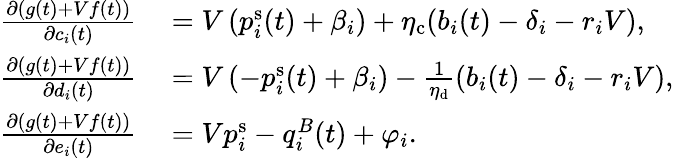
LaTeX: \begin{array}{rl}{\frac{\partial(g(t)+Vf(t))}{\partial c_{i}(t)}~}&{=V\left(p_{i}^{\mathrm{s}}(t)+\beta_{i}\right)+\eta_{\mathrm{c}}(b_{i}(t)-\delta_{i}-r_{i}V),}\\ {\frac{\partial(g(t)+Vf(t))}{\partial d_{i}(t)}~}&{=V\left(-p_{i}^{\mathrm{s}}(t)+\beta_{i}\right)-\frac{1}{\eta_{\mathrm{d}}}(b_{i}(t)-\delta_{i}-r_{i}V),}\\ {\frac{\partial(g(t)+Vf(t))}{\partial e_{i}(t)}~}&{=Vp_{i}^{\mathrm{s}}-q_{i}^{B}(t)+\varphi_{i}.}\end{array}